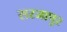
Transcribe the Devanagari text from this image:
सरजापुर